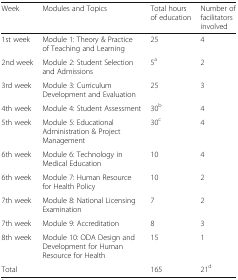
| Week | Modules and Topics | Total hours of education | Number of facilitators involved |
 | --- | --- | --- | --- |
 | 1st week | Module 1: Theory & Practice of Teaching and Learning | 25 | 4 |
 | 2nd week | Module 2: Student Selection and Admissions | 5a | 2 |
 | 3rd week | Module 3: Curriculum Development and Evaluation | 25 | 3 |
 | 4th week | Module 4: Student Assessment | 30b | 4 |
 | 5th week | Module 5: Educational Administration & Project Management | 30c | 4 |
 | 6th week | Module 6: Technology in Medical Education | 10 | 4 |
 | 6th week | Module 7: Human Resource for Health Policy | 10 | 2 |
 | 7th week | Module 8: National Licensing Examination | 7 | 2 |
 | 7th week | Module 9: Accreditation | 8 | 3 |
 | 8th week | Module 10: ODA Design and Development for Human Resource for Health | 15 | 1 |
 | <COLSPAN=2> Total | 165 | 21d |